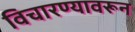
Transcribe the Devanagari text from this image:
विचारण्यावरून